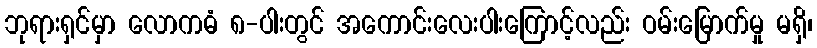
ဘုရားရှင်မှာ လောကဓံ ၈-ပါးတွင် အကောင်းလေးပါးကြောင့်လည်း ဝမ်းမြောက်မှု မရှိ၊